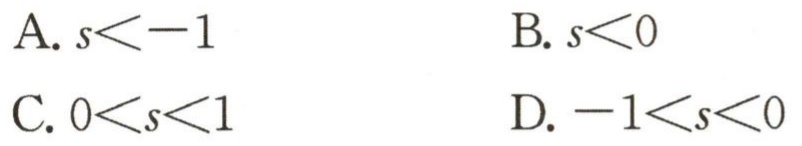
A. \(s < -1\)

B. \(s < 0\)

C. \(0 < s < 1\)

D. \(-1 < s < 0\)